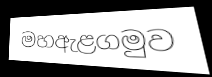
මහඇළගමුව